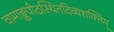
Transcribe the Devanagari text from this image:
वामाङ्कपीठस्थितदिव्यशक्तिम्